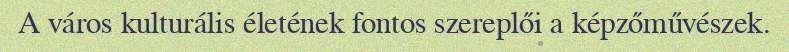
A város kulturális életének fontos szereplői a képzőművészek.